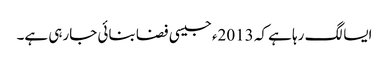
ایسا لگ رہا ہے کہ 2013ء جیسی فضا بنائی جارہی ہے۔